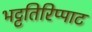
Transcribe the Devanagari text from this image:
भट्टतिरिप्पाट